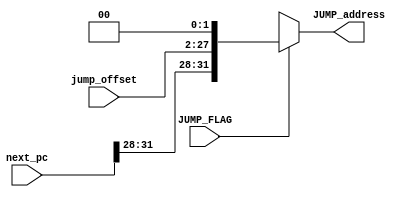
module JUMP(
input JUMP_FLAG,
input [25:0] jump_offset,
input [31:0] next_pc,
output reg [31:0] JUMP_address
);

always @(*) 
begin

	if(JUMP_FLAG)
		begin
			JUMP_address = {next_pc[31:28], jump_offset, 2'b00};
		end
		
	else 
		begin
			JUMP_address =32'bx;
		end

end

endmodule